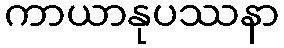
ကာယာနုပဿနာ